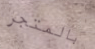
بالمتجر